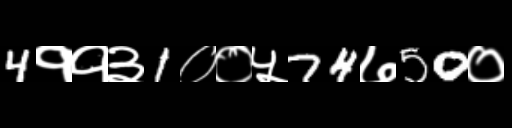
Text: 4११३1००५74७50०